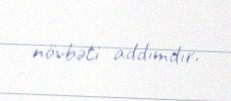
növbəti addımdır.